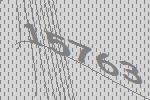
15763